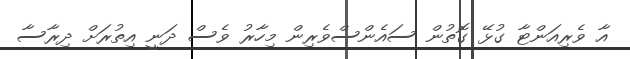
އާ ވެރިއަންޓާ ގުޅޭ ގޮތުން ސައެންސްވެރިން މިހާރު ވެސް ދަނީ އިތުރަށް ދިރާސާ